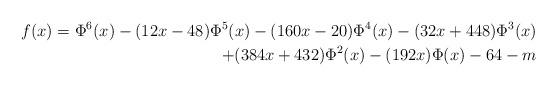
LaTeX: \begin{align*}f(x)=\Phi^6(x)-(12x-48)\Phi^5(x)-(160x-20)\Phi^4(x)-(32x+448)\Phi^3(x)\\+(384x+432)\Phi^2(x)-(192x)\Phi(x)-64-m\end{align*}